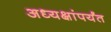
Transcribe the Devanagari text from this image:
अध्यक्षांपर्यंत